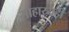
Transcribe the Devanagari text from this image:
साहाय्यही